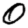
Digit: 0